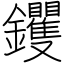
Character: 钁